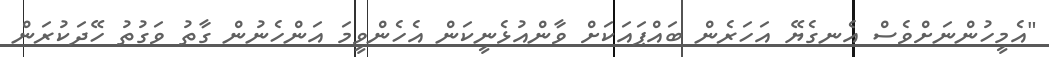
"އެމީހުންނަށްވެސް އެނގެޔޭ އަހަރެން ބައްޕައަކަށް ވާންއުޅެނީކަން އެހެންވީމަ އަންހެނުން ގާތު ވަގުތު ހޭދަކުރަން